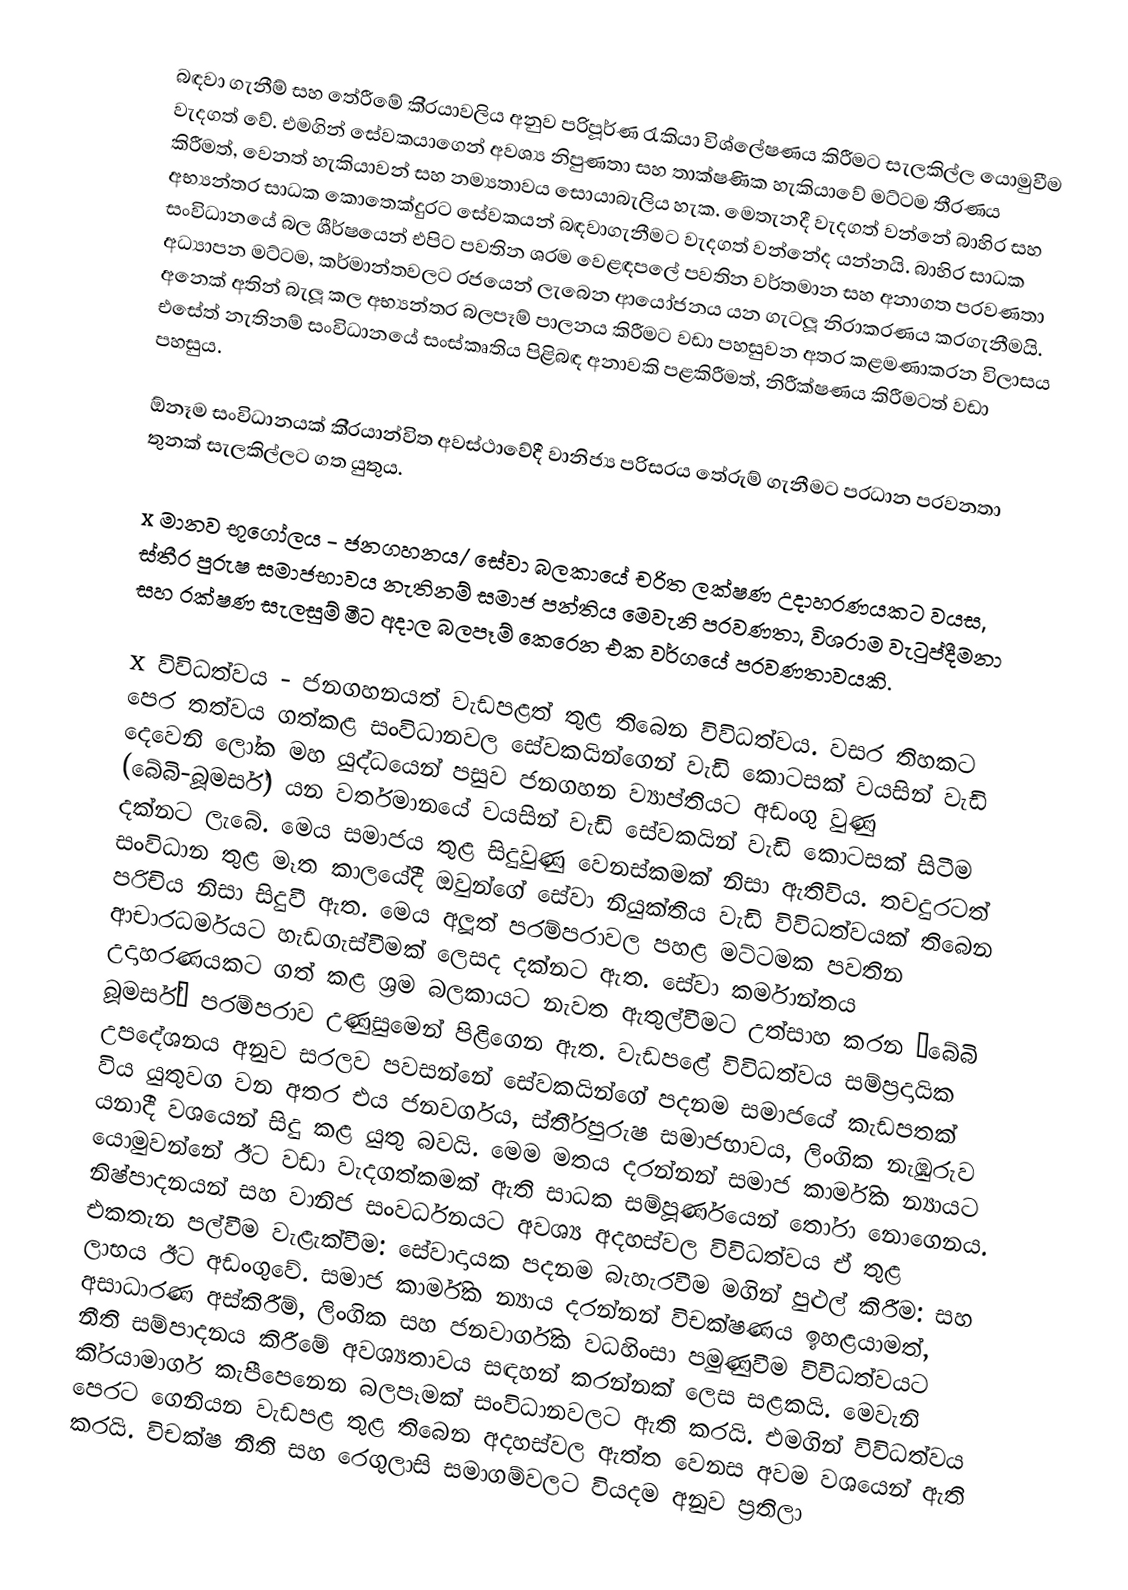
බඳවා ගැනීම් සහ තේරීමේ කි‍්‍රයාවලිය අනුව පරිපූර්ණ රැකියා විශ්ලේෂණය කිරීමට සැලකිල්ල යොමුවීම වැදගත් වේ. එමගින් සේවකයාගෙන් අවශ්‍ය නිපුණතා සහ තාක්ෂණික හැකියාවේ මට්ටම තීරණය කිරීමත්, වෙනත් හැකියාවන් සහ නම්‍යතාවය සොයාබැලිය හැක. මෙතැනදී වැදගත් වන්නේ බාහිර සහ අභ්‍යන්තර සාධක කොතෙක්දුරට සේවකයන් බඳවාගැනීමට වැදගත් වන්නේද යන්නයි. බාහිර සාධක සංවිධානයේ බල ශීර්ෂයෙන් එපිට පවතින ශ‍්‍රම වෙළඳපලේ පවතින වර්තමාන සහ අනාගත ප‍්‍රවණතා අධ්‍යාපන මට්ටම, කර්මාන්තවලට රජයෙන් ලැබෙන ආයෝජනය යන ගැටලූ නිරාකරණය කරගැනීමයි. අනෙක් අතින් බැලූ කල අභ්‍යන්තර බලපෑම් පාලනය කිරීමට වඩා පහසුවන අතර කළමණාකරන විලාසය එසේත් නැතිනම් සංවිධානයේ සංස්කෘතිය පිළිබඳ අනාවකි පළකිරීමත්, නිරීක්ෂණය කිරීමටත් වඩා පහසුය.

ඕනෑම සංවිධානයක් කි‍්‍රයාන්විත අවස්ථාවේදී වානිජ්‍ය පරිසරය තේරුම් ගැනීමට ප‍්‍රධාන ප‍්‍රවනතා තුනක් සැලකිල්ලට ගත යුතුය.

x	මානව භූගෝලය - ජනගහනය/ සේවා බලකායේ චරිත ලක්ෂණ උදාහරණයකට වයස, ස්තී‍්‍ර පුරුෂ සමාජභාවය නැතිනම් සමාජ පන්තිය මෙවැනි ප‍්‍රවණතා, විශ‍්‍රාම වැටුප්දීමනා සහ රක්ෂණ සැලසුම් මීට අදාල බලපෑම් කෙරෙන එක වර්ගයේ ප‍්‍රවණතාවයකි.

x	විවිධත්වය - ජනගහනයත් වැඩපළත් තුළ තිබෙන විවිධත්වය. වසර තිහකට පෙර තත්වය ගත්කළ සංවිධානවල සේවකයින්ගෙන් වැඩි කොටසක් වයසින් වැඩි දෙවෙනි ලෝක මහ යුද්ධයෙන් පසුව ජනගහන ව්‍යාප්තියට අඩංගු වුණු (බේබි-බූමර්ස්) යන වර්තමානයේ වයසින් වැඩි සේවකයින් වැඩි කොටසක් සිටීම දක්නට ලැබේ. මෙය සමාජය තුළ සිදුවුණු වෙනස්කමක් නිසා ඇතිවිය. තවදුරටත් සංවිධාන තුළ මෑත කාලයේදී ඔවුන්ගේ සේවා නියුක්තිය වැඩි විවිධත්වයක් තිබෙන පරිචිය නිසා සිදුවී ඇත. මෙය අලූත් පරම්පරාවල පහළ මට්ටමක පවතින ආචාරධර්මයට හැඩගැස්වීමක් ලෙසද දක්නට ඇත. සේවා කර්මාන්තය උදාහරණයකට ගත් කළ ශ‍්‍රම බලකායට නැවත ඇතුල්වීමට උත්සාහ කරන ”බේබි බූමර්ස්” පරම්පරාව උණුසුමෙන් පිළිගෙන ඇත. වැඩපළේ විවිධත්වය සම්ප‍්‍රදායික උපදේශනය අනුව සරලව පවසන්නේ සේවකයින්ගේ පදනම සමාජයේ කැඩපතක් විය යුතුවග වන අතර එය ජනවර්ගය, ස්තී‍්‍රපුරුෂ සමාජභාවය, ලිංගික නැඹුරුව යනාදී වශයෙන් සිදු කළ යුතු බවයි. මෙම මතය දරන්නන් සමාජ කාර්මික න්‍යායට යොමුවන්නේ ඊට වඩා වැදගත්කමක් ඇති සාධක සම්පූර්ණයෙන් තෝරා නොගෙනය. නිෂ්පාදනයන් සහ වානිජ සංවර්ධනයට අවශ්‍ය අදහස්වල විවිධත්වය ඒ තුළ එකතැන පල්වීම වැළැක්වීම: සේවාදායක පදනම බැහැරවීම මගින් පුළුල් කිරීම: සහ ලාභය ඊට අඩංගුවේ. සමාජ කාර්මික න්‍යාය දරන්නන් විචක්ෂණය ඉහළයාමත්, අසාධාරණ අස්කිරීම්, ලිංගික සහ ජනවාර්ගික වධහිංසා පමුණුවීම විවිධත්වයට නීති සම්පාදනය කිරීමේ අවශ්‍යතාවය සඳහන් කරන්නක් ලෙස සළකයි. මෙවැනි කි‍්‍රයාමාර්ග කැපීපෙනෙන බලපෑමක් සංවිධානවලට ඇති කරයි. එමගින් විවිධත්වය පෙරට ගෙනියන වැඩපළ තුළ තිබෙන අදහස්වල ඇත්ත වෙනස අවම වශයෙන් ඇති කරයි. විචක්ෂ නීති සහ රෙගුලාසි සමාගම්වලට වියදම අනුව ප‍්‍රතිලා